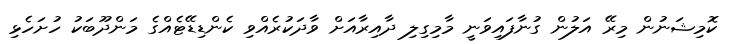
ކޮމިޝަނުން މިރޭ އަލުން ގުނާފައިވަނީ މާމިގިލި ދާއިރާއަށް ވާދަކުރެއްވި ކެންޑިޑޭޓެއްގެ މަންދޫބަކު ހުށަހެޅި